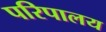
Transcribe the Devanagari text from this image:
परिपालय